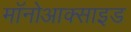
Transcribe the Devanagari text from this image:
मॉनोआक्साइड